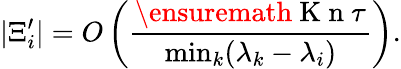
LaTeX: \vert\Xi_{i}^{\prime}\vert=O\left(\frac{\ensuremath{\mathrm{~K~n~}}\tau}{\operatorname*{min}_{k}(\lambda_{k}-\lambda_{i})}\right).